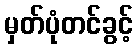
မှတ်ပုံတင်ခွင့်